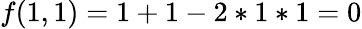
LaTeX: f(1,1)=1+1-2*1*1=0